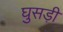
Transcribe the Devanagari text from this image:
घुसड़ी